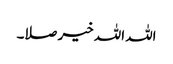
اللہ اللہ خیر صلا۔